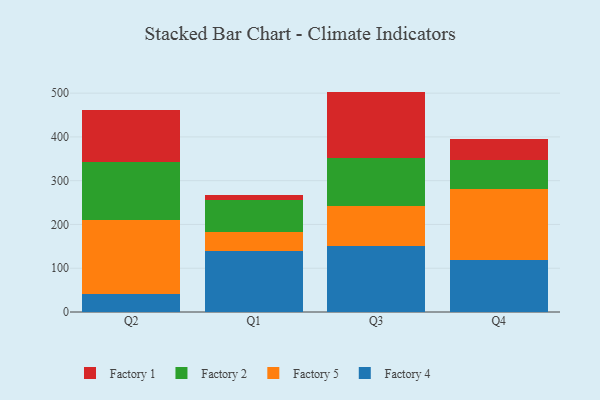
{"axis": {"x": "Quarter", "y": "Population (Million)"}, "legend": ["Factory 1", "Factory 2", "Factory 4", "Factory 5"], "data": [{"x": "Q2", "y": 42.0, "type": "Factory 4"}, {"x": "Q2", "y": 168.2, "type": "Factory 5"}, {"x": "Q2", "y": 133.3, "type": "Factory 2"}, {"x": "Q2", "y": 118.7, "type": "Factory 1"}, {"x": "Q1", "y": 139.5, "type": "Factory 4"}, {"x": "Q1", "y": 42.4, "type": "Factory 5"}, {"x": "Q1", "y": 73.1, "type": "Factory 2"}, {"x": "Q1", "y": 11.9, "type": "Factory 1"}, {"x": "Q3", "y": 151.4, "type": "Factory 4"}, {"x": "Q3", "y": 90.3, "type": "Factory 5"}, {"x": "Q3", "y": 109.7, "type": "Factory 2"}, {"x": "Q3", "y": 152.1, "type": "Factory 1"}, {"x": "Q4", "y": 119.2, "type": "Factory 4"}, {"x": "Q4", "y": 162.4, "type": "Factory 5"}, {"x": "Q4", "y": 66.1, "type": "Factory 2"}, {"x": "Q4", "y": 47.8, "type": "Factory 1"}]}